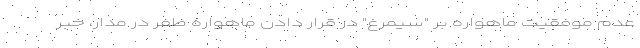
عدم موفقیت ماهواره بر "سیمرغ" در قرار دادن ماهواره ظفر در مدار، خبر